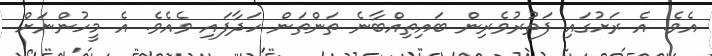
އެވެ. އެ ރަށުގައި ފަތުރުވެރިން ބައިތިއްބާނެ ތަންތަން ހަދާފައި ވެއެވެ. އެ މީހުންނަށް